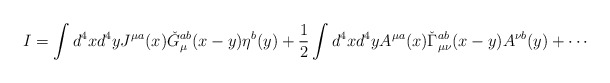
\begin{align*} I=\int d^{4}x d^{4}y J^{\mu a}(x)\check G^{ab}_{\mu}(x-y)\eta^{b}(y)+\frac 1 2 \int d^{4}x d^{4}y A^{\mu a}(x)\check{\Gamma}^{ab}_{\mu\nu}(x-y)A^{\nu b}(y) + \cdots\end{align*}